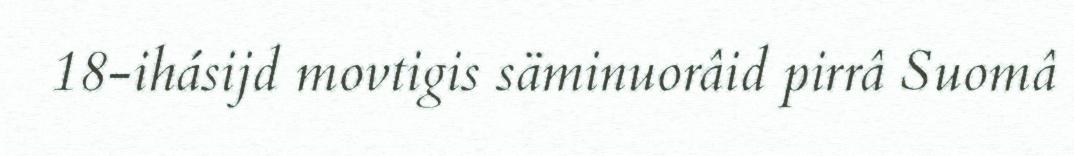
18-ihásijd movtigis säminuorâid pirrâ Suomâ